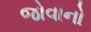
જોવાનો